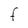
Character: F